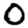
Digit: 0